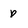
Character: p